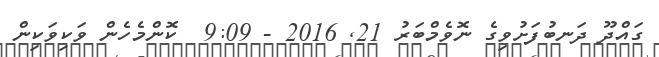
ގައްދޫ ދަނބުފަށުވިގެ ނޮވެމްބަރު 21